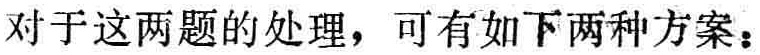
对于这两题的处理，可有如下两种方案：